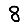
Digit: 8